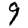
Digit: 9